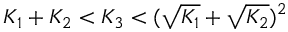
K _ { 1 } + K _ { 2 } < K _ { 3 } < ( \sqrt { K _ { 1 } } + \sqrt { K _ { 2 } } ) ^ { 2 }